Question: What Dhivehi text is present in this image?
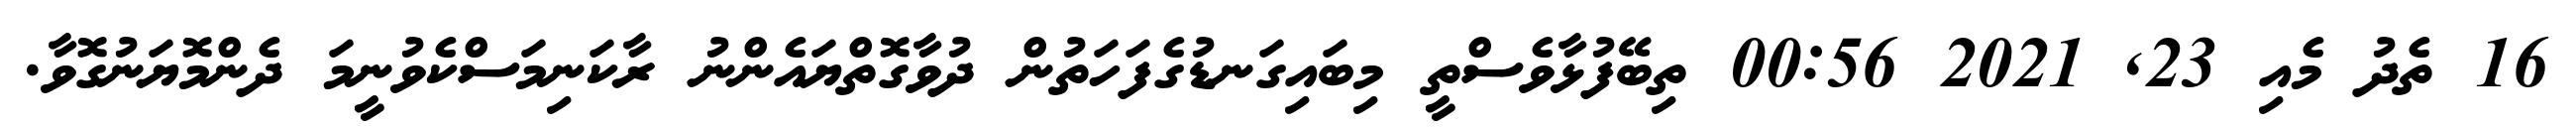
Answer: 16 ތެދު މެއި 23, 2021 00:56 ތިބޭފުޅާވެސްތީ މިބައިގަނޑުގެފަހަތުން ދުވާގޮތްޔައެންނު ރާކަނިމަސްކެވުނީމަ ދެންމޮޔަނުގޮވާ.